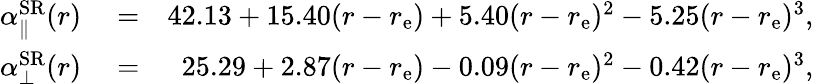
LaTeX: \begin{array}{rlr}{\alpha_{\parallel}^{\mathrm{SR}}(r)}&{{}=}&{42.13+15.40(r-r_{\mathrm{e}})+5.40(r-r_{\mathrm{e}})^{2}-5.25(r-r_{\mathrm{e}})^{3},}\\ {\alpha_{\bot}^{\mathrm{SR}}(r)}&{{}=}&{25.29+2.87(r-r_{\mathrm{e}})-0.09(r-r_{\mathrm{e}})^{2}-0.42(r-r_{\mathrm{e}})^{3},}\end{array}